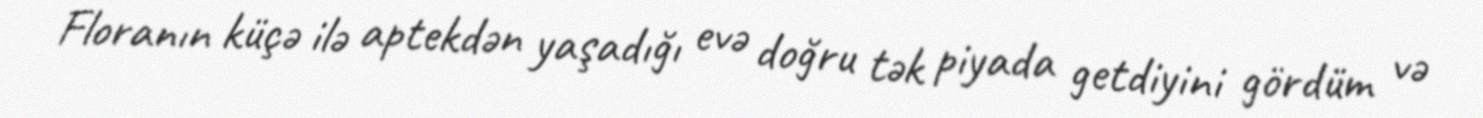
Floranın küçə ilə aptekdən yaşadığı evə doğru tək piyada getdiyini gördüm və